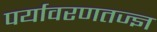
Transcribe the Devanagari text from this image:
पर्यावरणतज्ज्ञ